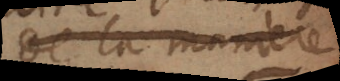
de la maniere